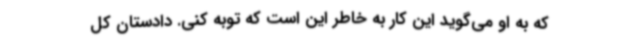
که به او می‌گوید این کار به خاطر این است که توبه کنی. دادستان کل